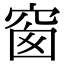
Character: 窗